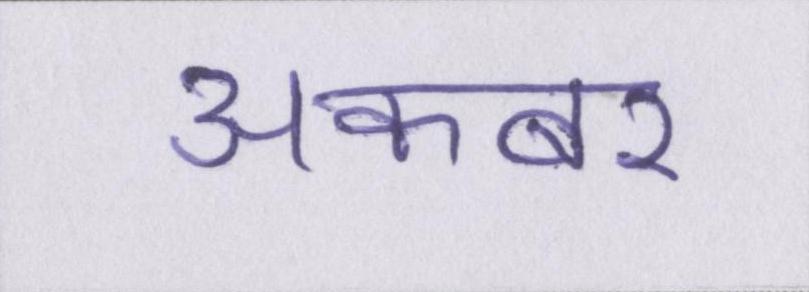
अकबर